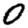
Digit: 0